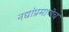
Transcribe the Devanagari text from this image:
नद्यांप्रमाणेच